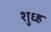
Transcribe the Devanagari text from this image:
शुध्ह